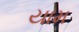
યામ